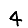
Digit: 4